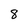
Character: 8